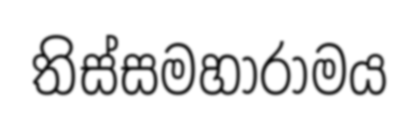
තිස්සමහාරාමය